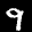
Label: 9